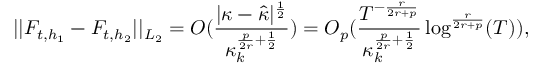
\vert \vert F _ { t , h _ { 1 } } - F _ { t , h _ { 2 } } \vert \vert _ { L _ { 2 } } = O ( \frac { | \kappa - \widehat { \kappa } | ^ { \frac { 1 } { 2 } } } { \kappa _ { k } ^ { \frac { p } { 2 r } + \frac { 1 } { 2 } } } ) = O _ { p } ( \frac { T ^ { - \frac { r } { 2 r + p } } } { \kappa _ { k } ^ { \frac { p } { 2 r } + \frac { 1 } { 2 } } } \log ^ { \frac { r } { 2 r + p } } ( T ) ) ,